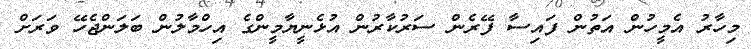
މިހާރު އެމީހުން އަތުން ފައިސާ ފޭރެން ސަރުކާރުން އުޅެނީޔާމީންގެ އިހްމާލުން ބަލަންޖެހޭ ވަރަށް